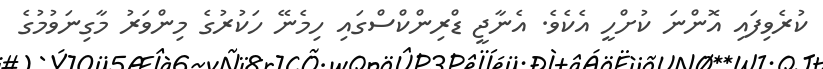
ކުރެވިފައި އޮންނަ ކުށްހީ އެކެވެ. އެނާޖީ ޑްރިންކްސްގައި ހިމެނޭ ހަކުރުގެ މިންވަރު މާގިނަވުމުގެ